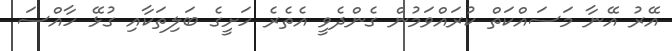
އޭރު އޭނާ މަސައްކަތް ކުރައްވަމުން ގެންދެވީ އެތެރެ ހަށީގެ ބަލިތަކާއި ގުޅޭ ހާއްސަ